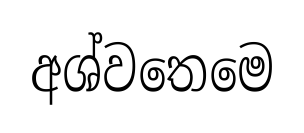
අශ්වතෙමෙ